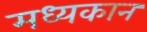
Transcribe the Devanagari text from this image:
मध्यकान